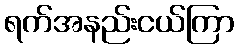
ရက်အနည်းငယ်ကြာ